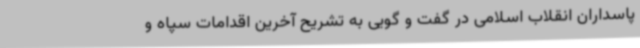
پاسداران انقلاب اسلامی در گفت و گویی به تشریح آخرین اقدامات سپاه و